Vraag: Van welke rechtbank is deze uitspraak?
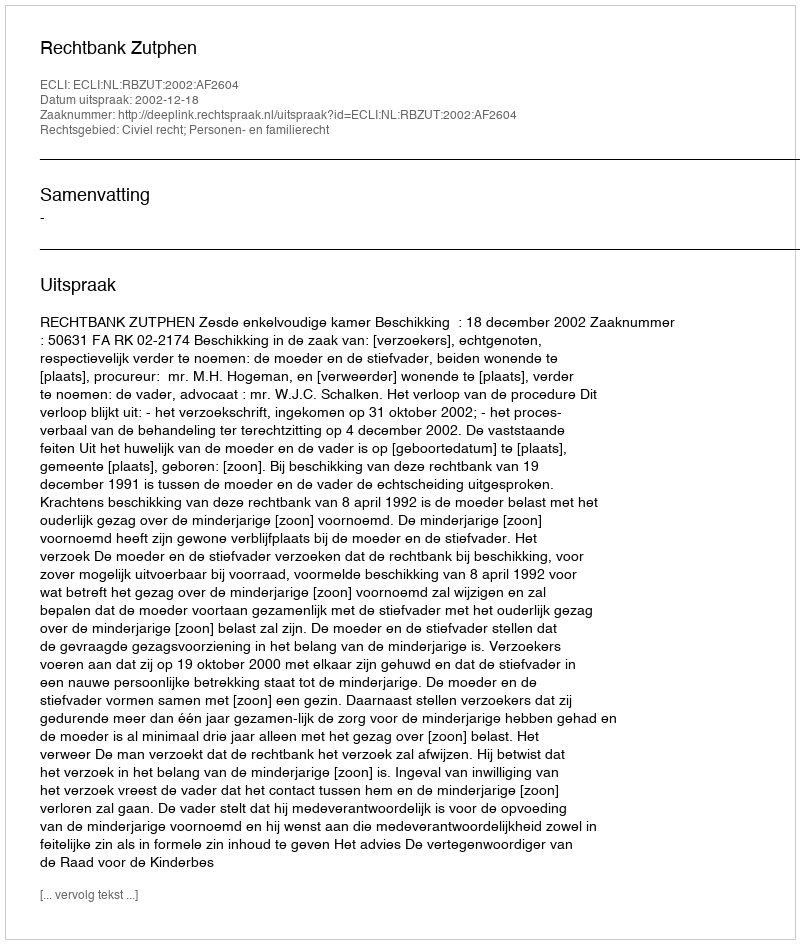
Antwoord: Rechtbank Zutphen